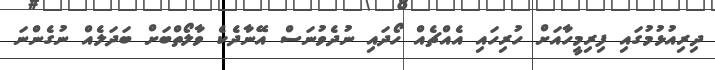
ދިރިއުޅުމުގައި ފިރިމީހާއަށް ހުރިހައި އެއްޗެއް ހޯދައި ނުދެވުނަސް އޭނާދެކެ ވާލޯތްބަށް ބަދަލެއް ނުގެންނަ